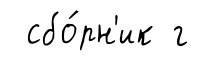
сбо́рн'ик г